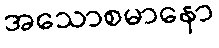
အသောစမာနော